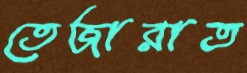
তেজারাত